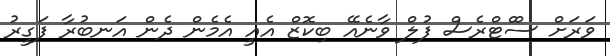
ވަރަށް ސްްޓްރެސް ފުލް ވާނެއޭ ބިކޮޒް އެއީ އެމެން ދެން އަނބުރާ ފަގީރު